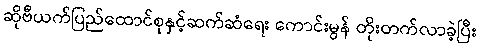
ဆိုဗီယက်ပြည်ထောင်စုနှင့်ဆက်ဆံရေး ကောင်းမွန် တိုးတက်လာခဲ့ပြီး